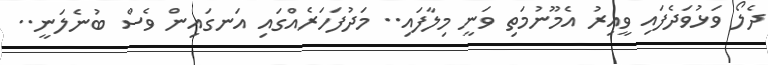
ދެލޯ ވަޅުވަދެފައި ވީއިރު އެމޫނުމަތި ވަނީ މިލާފައި.. މަދުފަހަރެއްގައި އަނގައިން ވެސް ބުނެލަނީ..